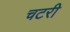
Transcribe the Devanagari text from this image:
चटरी